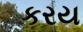
કરય